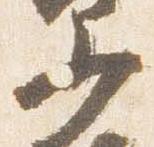
少